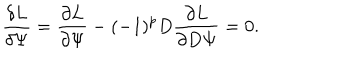
LaTeX: { \frac { \delta L } { \delta \Psi } } = { \frac { \partial L } { \partial \Psi } } - ( - 1 ) ^ { p } D { \frac { \partial L } { \partial D \Psi } } = 0 .